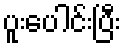
ပူးပေါင်းပြီး